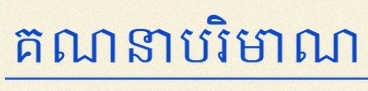
គណនាបរិមាណ